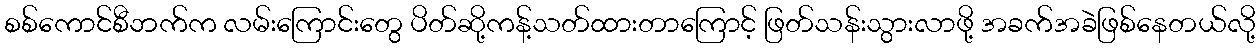
စစ်ကောင်စီဘက်က လမ်းကြောင်းတွေ ပိတ်ဆို့ကန့်သတ်ထားတာကြောင့် ဖြတ်သန်းသွားလာဖို့ အခက်အခဲဖြစ်နေတယ်လို့